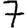
Digit: 7